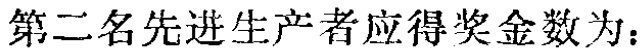
第二名先进生产者应得奖金数为：